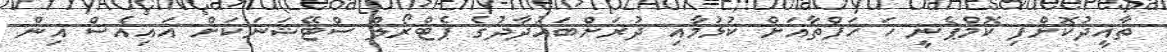
ތާއީދުކޮށްފި ކޮމްޕެނީ ހަ ހަފްތާއަށް ކުޅުމާއި ދުރަށްބަޣުދާދުގެ ޕެޓްރޯލް ސްޓޭޝަނަކަށް އައިއެސް އިން